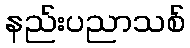
နည်းပညာသစ်